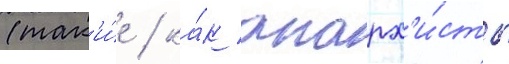
(так'и́е / ка́к анарх'и́сты